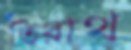
তিরাথ